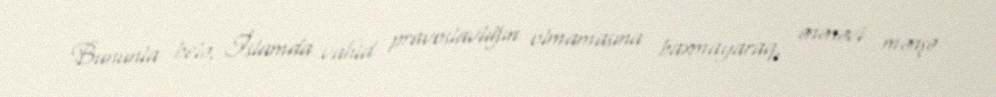
Bununla belə, İslamda vahid pravoslavlığın olmamasına baxmayaraq, ənənəvi mənşə